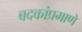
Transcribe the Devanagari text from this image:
बदकांप्रमाणे